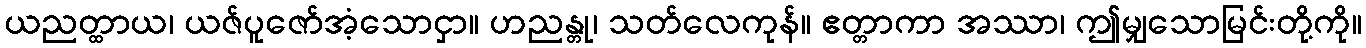
ယညတ္ထာယ၊ ယဇ်ပူဇော်အံ့သောငှာ။ ဟညန္တု၊ သတ်လေကုန်။ ဧတ္တာကာ အဿာ၊ ဤမျှသောမြင်းတို့ကို။